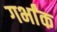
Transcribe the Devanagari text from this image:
गर्भांक